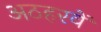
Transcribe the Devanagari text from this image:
अठहरवें